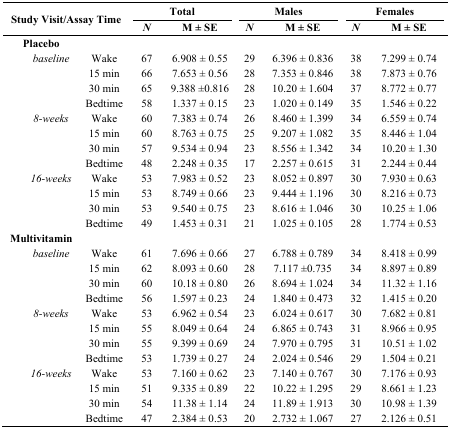
<table><thead><tr><td rowspan="2" colspan="3"><b>Study Visit/Assay Time</b></td><td colspan="2"><b>Total</b></td><td colspan="2"><b>Males</b></td><td colspan="2"><b>Females</b></td></tr><tr><td><b><i>N</i></b></td><td><b>M ± SE</b></td><td><b><i>N</i></b></td><td><b>M ± SE</b></td><td><b><i>N</i></b></td><td><b>M ± SE</b></td></tr></thead><tbody><tr><td colspan="2"><b>Placebo</b></td><td></td><td></td><td></td><td></td><td></td><td></td><td></td></tr><tr><td></td><td><i>baseline</i></td><td>Wake</td><td>67</td><td>6.908 ± 0.55</td><td>29</td><td>6.396 ± 0.836</td><td>38</td><td>7.299 ± 0.74</td></tr><tr><td></td><td></td><td>15 min</td><td>66</td><td>7.653 ± 0.56</td><td>28</td><td>7.353 ± 0.846</td><td>38</td><td>7.873 ± 0.76</td></tr><tr><td></td><td></td><td>30 min</td><td>65</td><td>9.388 ±0.816</td><td>28</td><td>10.20 ± 1.604</td><td>37</td><td>8.772 ± 0.77</td></tr><tr><td></td><td></td><td>Bedtime</td><td>58</td><td>1.337 ± 0.15</td><td>23</td><td>1.020 ± 0.149</td><td>35</td><td>1.546 ± 0.22</td></tr><tr><td></td><td><i>8-weeks</i></td><td>Wake</td><td>60</td><td>7.383 ± 0.74</td><td>26</td><td>8.460 ± 1.399</td><td>34</td><td>6.559 ± 0.74</td></tr><tr><td></td><td></td><td>15 min</td><td>60</td><td>8.763 ± 0.75</td><td>25</td><td>9.207 ± 1.082</td><td>35</td><td>8.446 ± 1.04</td></tr><tr><td></td><td></td><td>30 min</td><td>57</td><td>9.534 ± 0.94</td><td>23</td><td>8.556 ± 1.342</td><td>34</td><td>10.20 ± 1.30</td></tr><tr><td></td><td></td><td>Bedtime</td><td>48</td><td>2.248 ± 0.35</td><td>17</td><td>2.257 ± 0.615</td><td>31</td><td>2.244 ± 0.44</td></tr><tr><td></td><td><i>16-weeks</i></td><td>Wake</td><td>53</td><td>7.983 ± 0.52</td><td>23</td><td>8.052 ± 0.897</td><td>30</td><td>7.930 ± 0.63</td></tr><tr><td></td><td></td><td>15 min</td><td>53</td><td>8.749 ± 0.66</td><td>23</td><td>9.444 ± 1.196</td><td>30</td><td>8.216 ± 0.73</td></tr><tr><td></td><td></td><td>30 min</td><td>53</td><td>9.540 ± 0.75</td><td>23</td><td>8.616 ± 1.046</td><td>30</td><td>10.25 ± 1.06</td></tr><tr><td></td><td></td><td>Bedtime</td><td>49</td><td>1.453 ± 0.31</td><td>21</td><td>1.025 ± 0.105</td><td>28</td><td>1.774 ± 0.53</td></tr><tr><td colspan="2"><b>Multivitamin</b></td><td></td><td></td><td></td><td></td><td></td><td></td><td></td></tr><tr><td></td><td><i>baseline</i></td><td>Wake</td><td>61</td><td>7.696 ± 0.66</td><td>27</td><td>6.788 ± 0.789</td><td>34</td><td>8.418 ± 0.99</td></tr><tr><td></td><td></td><td>15 min</td><td>62</td><td>8.093 ± 0.60</td><td>28</td><td>7.117 ±0.735</td><td>34</td><td>8.897 ± 0.89</td></tr><tr><td></td><td></td><td>30 min</td><td>60</td><td>10.18 ± 0.80</td><td>26</td><td>8.694 ± 1.024</td><td>34</td><td>11.32 ± 1.16</td></tr><tr><td></td><td></td><td>Bedtime</td><td>56</td><td>1.597 ± 0.23</td><td>24</td><td>1.840 ± 0.473</td><td>32</td><td>1.415 ± 0.20</td></tr><tr><td></td><td><i>8-weeks</i></td><td>Wake</td><td>53</td><td>6.962 ± 0.54</td><td>23</td><td>6.024 ± 0.617</td><td>30</td><td>7.682 ± 0.81</td></tr><tr><td></td><td></td><td>15 min</td><td>55</td><td>8.049 ± 0.64</td><td>24</td><td>6.865 ± 0.743</td><td>31</td><td>8.966 ± 0.95</td></tr><tr><td></td><td></td><td>30 min</td><td>55</td><td>9.399 ± 0.69</td><td>24</td><td>7.970 ± 0.795</td><td>31</td><td>10.51 ± 1.02</td></tr><tr><td></td><td></td><td>Bedtime</td><td>53</td><td>1.739 ± 0.27</td><td>24</td><td>2.024 ± 0.546</td><td>29</td><td>1.504 ± 0.21</td></tr><tr><td></td><td><i>16-weeks</i></td><td>Wake</td><td>53</td><td>7.160 ± 0.62</td><td>23</td><td>7.140 ± 0.767</td><td>30</td><td>7.176 ± 0.93</td></tr><tr><td></td><td></td><td>15 min</td><td>51</td><td>9.335 ± 0.89</td><td>22</td><td>10.22 ± 1.295</td><td>29</td><td>8.661 ± 1.23</td></tr><tr><td></td><td></td><td>30 min</td><td>54</td><td>11.38 ± 1.14</td><td>24</td><td>11.89 ± 1.913</td><td>30</td><td>10.98 ± 1.39</td></tr><tr><td></td><td></td><td>Bedtime</td><td>47</td><td>2.384 ± 0.53</td><td>20</td><td>2.732 ± 1.067</td><td>27</td><td>2.126 ± 0.51</td></tr></tbody></table>